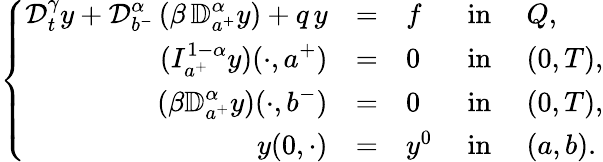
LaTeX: \left\{ \begin{array}{rlllllllll}{\mathcal{D}_{t}^{\gamma}y+\displaystyle{\mathcal D}_{b^{-}}^{\alpha}\, (\beta\, {\mathbb D}_{a^{+}}^{\alpha}y)+q\, y}&{=}&{f}&{\mathrm{~in~}}&{Q,}\\ {\displaystyle(I_{a^{+}}^{1-\alpha}y)(\cdot,a^{+})}&{=}&{0}&{\mathrm{~in~}}&{(0,T),}\\ {\displaystyle(\beta{\mathbb D}_{a^{+}}^{\alpha}y)(\cdot,b^{-})}&{=}&{0}&{\mathrm{~in~}}&{(0,T),}\\ {y(0,\cdot)}&{=}&{y^{0}}&{\mathrm{~in~}}&{(a,b).}\end{array}\right.